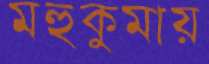
মহুকুমায়